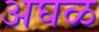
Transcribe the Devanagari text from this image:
अघळ